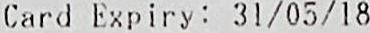
CARD EXPIRY: 31/05/18